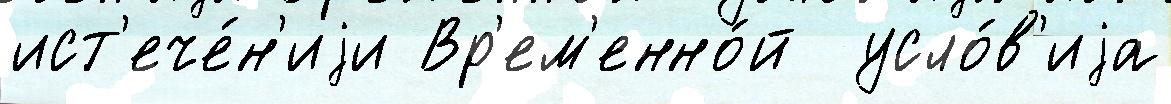
ист'ече́н'иjи Вр'ем'енно́й  усло́в'иjа